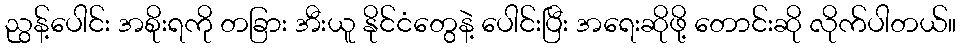
ညွန့်ပေါင်း အစိုးရကို တခြား အီးယူ နိုင်ငံတွေနဲ့ ပေါင်းပြီး အရေးဆိုဖို့ တောင်းဆို လိုက်ပါတယ်။